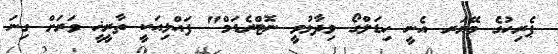
ޕެރިހުގެ މޭޔަރ އެނީ ހިޑަލްގޯ ވިދާޅުވީ ނޮޓްރެޑަމް" ފައްޅިއަކީ ތާރީޚީ ވަރަށް ގިނަ